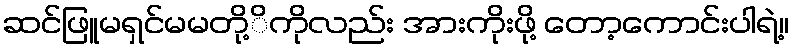
ဆင်ဖြူမရှင်မမတို့ိကိုလည်း အားကိုးဖို့ တော့ကောင်းပါရဲ့။